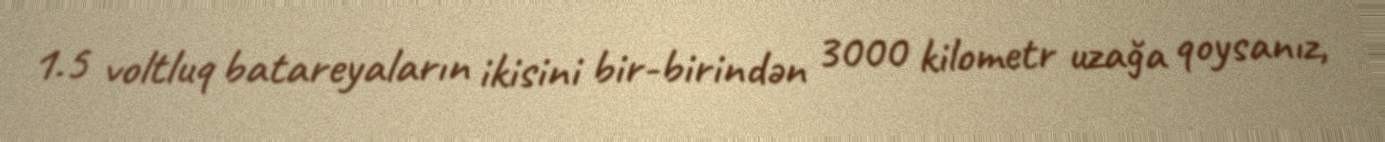
1.5 voltluq batareyaların ikisini bir-birindən 3000 kilometr uzağa qoysanız,